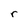
Character: r